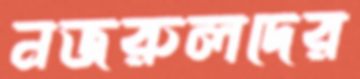
নজরুলদের